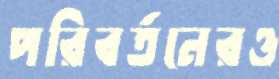
পরিবর্তনেরও